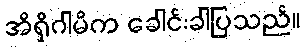
အိရှိဂါမိက ခေါင်းခါပြသည်။